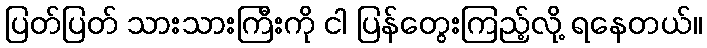
ပြတ်ပြတ် သားသားကြီးကို ငါ ပြန်တွေးကြည့်လို့ ရနေတယ်။